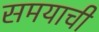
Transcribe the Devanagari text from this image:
समयाची